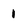
Character: 1